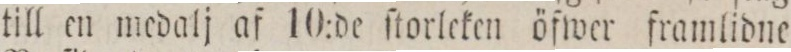
till en medalj af 10:de ſtorleken öfwer framlidne